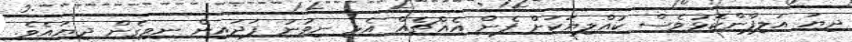
ދިޔަ އަލިފާންކޮޅުވެސް ކުއްލިޔަކަށް ފެން އެއްޗެއް އެޅި ނިވުނު ފަދައިން ނިވިގެން ދިޔައެވެ.